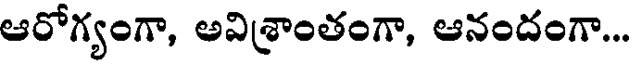
ఆరోగ్యంగా, అవిశ్రాంతంగా, ఆనందంగా...